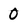
Character: 0